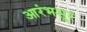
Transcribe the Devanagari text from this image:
आरंभशूर